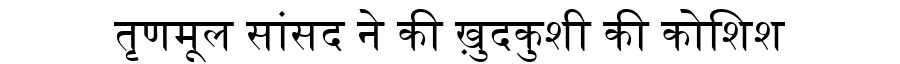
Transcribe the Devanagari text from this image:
तृणमूल सांसद ने की ख़ुदकुशी की कोशिश